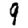
Digit: 9